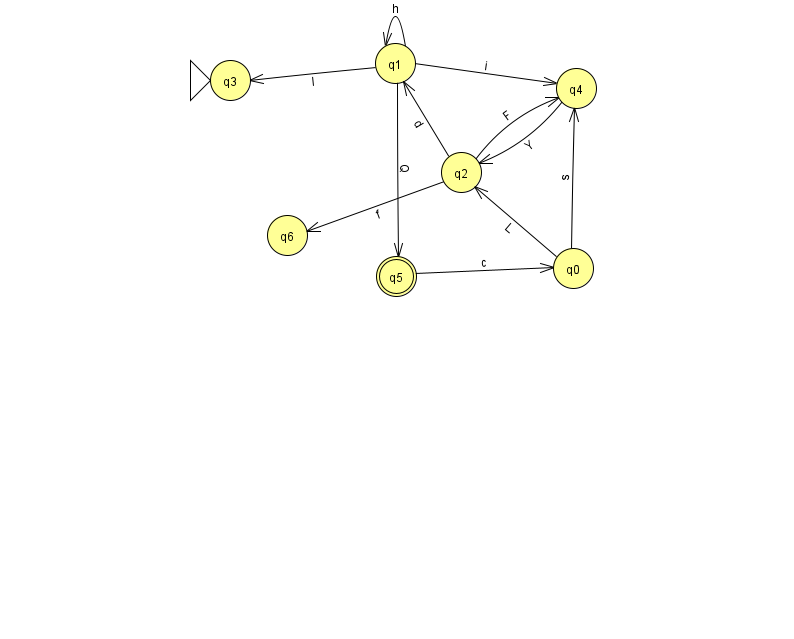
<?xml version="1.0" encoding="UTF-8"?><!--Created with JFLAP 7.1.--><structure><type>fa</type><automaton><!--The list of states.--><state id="0" name="q0"><x>573.0</x><y>255.0</y></state><state id="1" name="q1"><x>395.0</x><y>50.0</y></state><state id="2" name="q2"><x>461.0</x><y>159.0</y></state><state id="3" name="q3"><x>230.0</x><y>67.0</y><initial/></state><state id="4" name="q4"><x>576.0</x><y>75.0</y></state><state id="5" name="q5"><x>396.0</x><y>263.0</y><final/></state><state id="6" name="q6"><x>287.0</x><y>222.0</y></state><!--The list of transitions.--><transition><from>1</from><to>4</to><read>i</read></transition><transition><from>4</from><to>2</to><read>Y</read></transition><transition><from>1</from><to>3</to><read>l</read></transition><transition><from>2</from><to>1</to><read>d</read></transition><transition><from>0</from><to>2</to><read>L</read></transition><transition><from>1</from><to>1</to><read>h</read></transition><transition><from>5</from><to>0</to><read>c</read></transition><transition><from>2</from><to>4</to><read>F</read></transition><transition><from>2</from><to>6</to><read>f</read></transition><transition><from>0</from><to>4</to><read>s</read></transition><transition><from>1</from><to>5</to><read>Q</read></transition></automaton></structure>